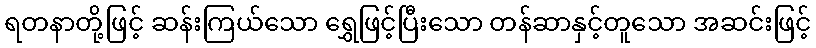
ရတနာတို့ဖြင့် ဆန်းကြယ်သော ရွှေဖြင့်ပြီးသော တန်ဆာနှင့်တူသော အဆင်းဖြင့်